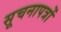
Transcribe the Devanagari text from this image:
सूचनापत्रों